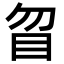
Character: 䀜